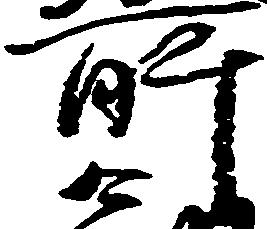
所